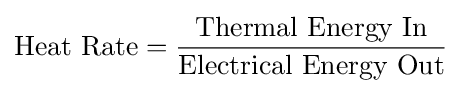
{\text{Heat Rate}}={\frac {\text{Thermal Energy In}}{\text{Electrical Energy Out}}}